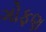
ગોફણ